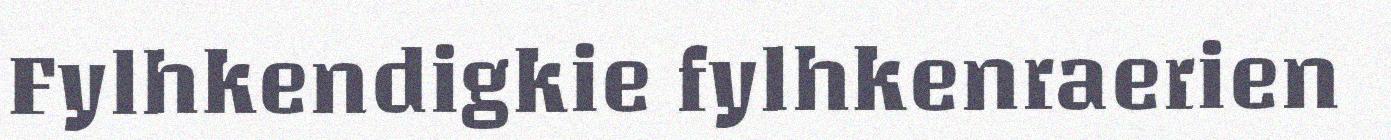
Fylhkendigkie fylhkenraerien